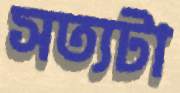
সত্যটা